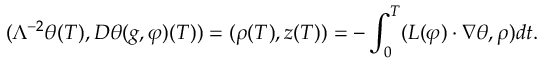
( \Lambda ^ { - 2 } \theta ( T ) , D \theta ( g , \varphi ) ( T ) ) = ( \rho ( T ) , z ( T ) ) = - \int _ { 0 } ^ { T } ( L ( \varphi ) \cdot \nabla \theta , \rho ) d t .